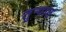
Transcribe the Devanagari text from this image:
तुर्‍यात